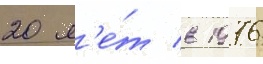
20 л'е́т в 1976